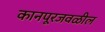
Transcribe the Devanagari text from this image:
कानपूरजवळील